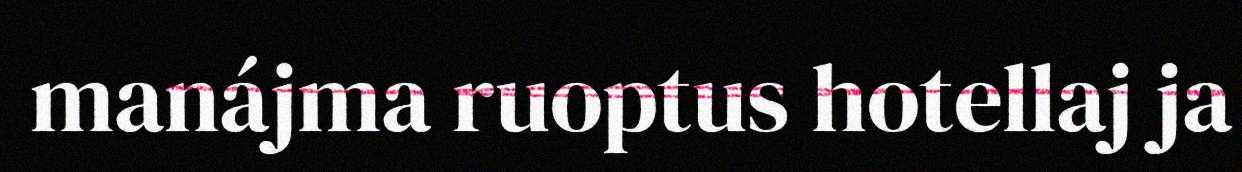
manájma ruoptus hotellaj ja